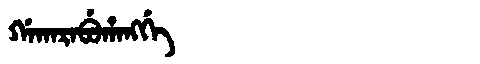
Manchu: ᡤᠠᡴᠠᡵᠠᠪᡠᡥᠠᠩᡤᡝ
Romanization: GAKARABUHANGGE